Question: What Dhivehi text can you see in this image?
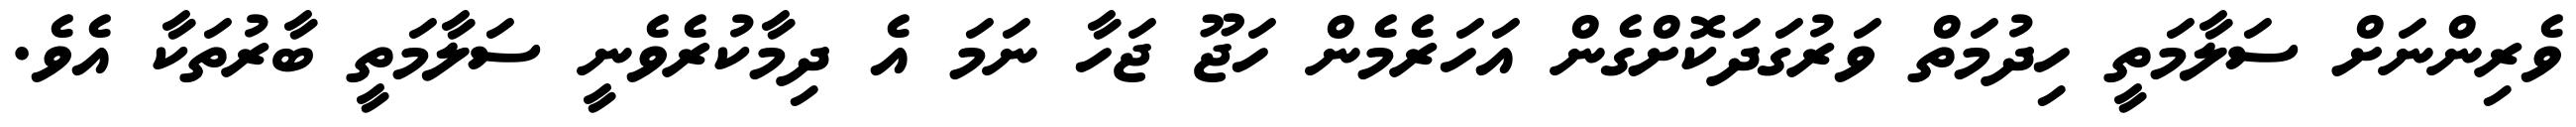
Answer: ވެރިންނަށް ސަލާމަތީ ހިދުމަތް ވަރުގަދަކޮށްގެން އަހަރެމެން ހަޖޫ ޖަހާ ނަމަ އެ ދިމާކުރެވެނީ ސަލާމަތީ ބާރުތަކާ އެވެ.